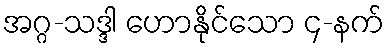
အဂ္ဂ-သဒ္ဒါ ဟောနိုင်သော ၄-နက်